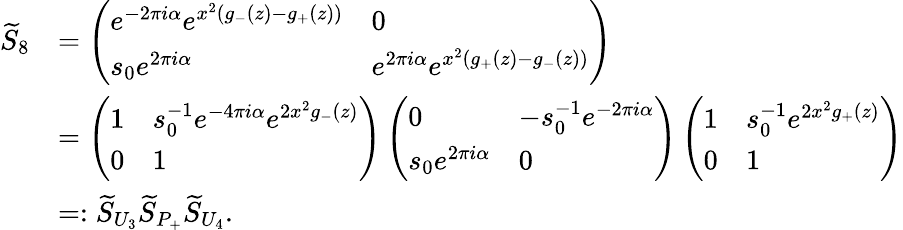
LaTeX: \begin{array}{rl}{\widetilde{S}_{8}}&{=\left(\begin{array}{ll}{e^{-2\pi i\alpha}e^{x^{2}(g_{-}(z)-g_{+}(z))}}&{0}\\ {s_{0}e^{2\pi i\alpha}}&{e^{2\pi i\alpha}e^{x^{2}(g_{+}(z)-g_{-}(z))}}\end{array}\right)}\\ &{=\left(\begin{array}{ll}{1}&{s_{0}^{-1}e^{-4\pi i\alpha}e^{2x^{2}g_{-}(z)}}\\ {0}&{1}\end{array}\right)\left(\begin{array}{ll}{0}&{-s_{0}^{-1}e^{-2\pi i\alpha}}\\ {s_{0}e^{2\pi i\alpha}}&{0}\end{array}\right)\left(\begin{array}{ll}{1}&{s_{0}^{-1}e^{2x^{2}g_{+}(z)}}\\ {0}&{1}\end{array}\right)}\\ &{=:\widetilde{S}_{U_{3}}\widetilde{S}_{P_{+}}\widetilde{S}_{U_{4}}.}\end{array}